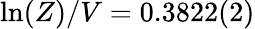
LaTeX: \ln(Z)/V=0.3822(2)